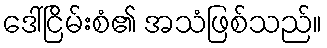
ဒေါ်ငြိမ်းစံ၏ အသံဖြစ်သည်။